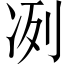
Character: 冽